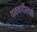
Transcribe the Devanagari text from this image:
वळचणीलाही